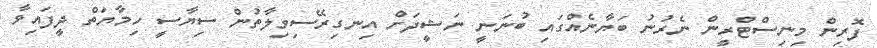
ފޮރިން މިނިސްޓްރީން ނެރުނު ބަޔާނެއްގައި ބުނަނީ ނަޝީދަށް އިނގިރޭސިވިލާތުން ސިޔާސީ ހިމާޔަތް ދީފައިވާ